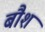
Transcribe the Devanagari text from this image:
बौश